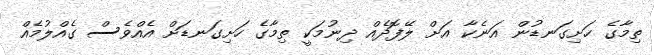
ތިމާގެ ހަށިގަނޑުން އަނެކާ އަށް ލޭފޮދެއް ދިނުމަކީ ތިމާގެ ހަށިގަނޑަށް އެއްވެސް ގެއްލުމެއް